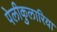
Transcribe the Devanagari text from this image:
पेलीकुलारिया